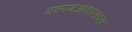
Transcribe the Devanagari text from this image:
मध्यमआकाराच्या